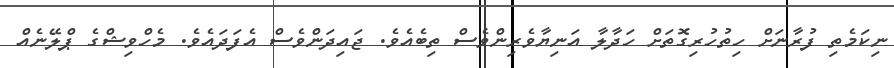
ނިކަމެތި ފުރާނަށް ހިތުހުރިގޮތަށް ހަދާލާ އަނިޔާވެރިންވެސް ތިބެއެވެ. ޖައިދަންވެސް އެފަދައެވެ. މެހްވިޝްގެ ޕްލޭނެއް